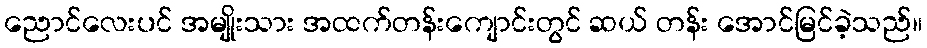
ညောင်လေးပင် အမျိုးသား အထက်တန်းကျောင်းတွင် ဆယ် တန်း အောင်မြင်ခဲ့သည်။